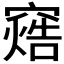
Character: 𬔓